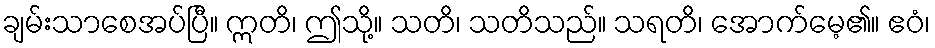
ချမ်းသာစေအပ်ပြီ။ ဣတိ၊ ဤသို့။ သတိ၊ သတိသည်။ သရတိ၊ အောက်မေ့၏။ ဧဝံ၊